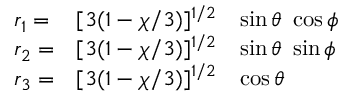
\begin{array} { l l l } { { r _ { 1 } = } } & { { [ 3 ( 1 - \chi / 3 ) ] ^ { 1 / 2 } } } & { { \sin \theta \ \cos \phi } } \\ { { r _ { 2 } = } } & { { [ 3 ( 1 - \chi / 3 ) ] ^ { 1 / 2 } } } & { { \sin \theta \ \sin \phi } } \\ { { r _ { 3 } = } } & { { [ 3 ( 1 - \chi / 3 ) ] ^ { 1 / 2 } } } & { { \cos \theta } } \end{array}